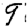
Digit: 9